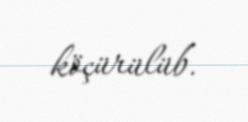
köçürülüb.